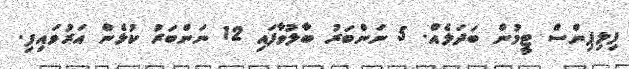
ފިލިޕިންސް ޓީމުން ބަދަލެއް. 5 ނަންބަރު ބާލުވާފައި 12 ނަންބަރު ކުޅެން އަރުވައިފި.